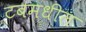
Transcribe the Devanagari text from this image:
टबमधील